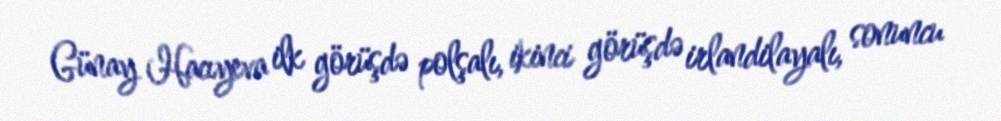
Günay Hacıyeva ilk görüşdə polşalı, ikinci görüşdə irlandilayalı, sonuncu